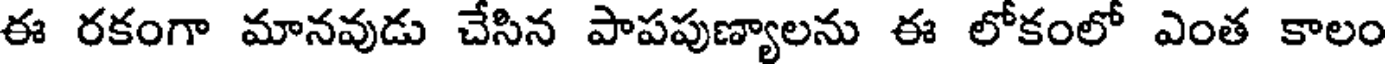
ఈ రకంగా మానవుడు చేసిన పాపపుణ్యాలను ఈ లోకంలో ఎంత కాలం